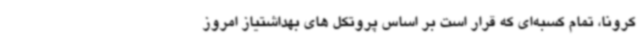
کرونا، تمام کسبه‌ای که قرار است بر اساس پروتکل های بهداشتیاز امروز